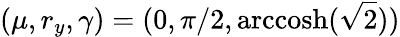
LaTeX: (\mu,r_{y},\gamma)=(0,\pi/2,\mathrm{arccosh}(\sqrt{2}))